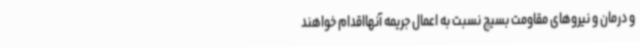
و درمان و نیروهای مقاومت بسیج نسبت به اعمال جریمه آنهااقدام خواهند